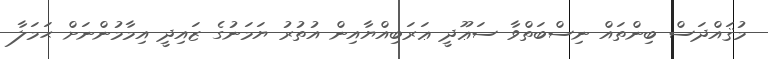
މުޤައްދަސް ބިންތައް ނިސްބަތްވާ ސަޢޫދީ ޢަރަބިއްޔާއިން އުތުރު ޔަމަނުގެ ޒައިދީ އިމާމުންނަށް ޙަމަލާ